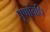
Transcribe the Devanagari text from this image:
पूर्णावधि